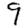
Digit: 9